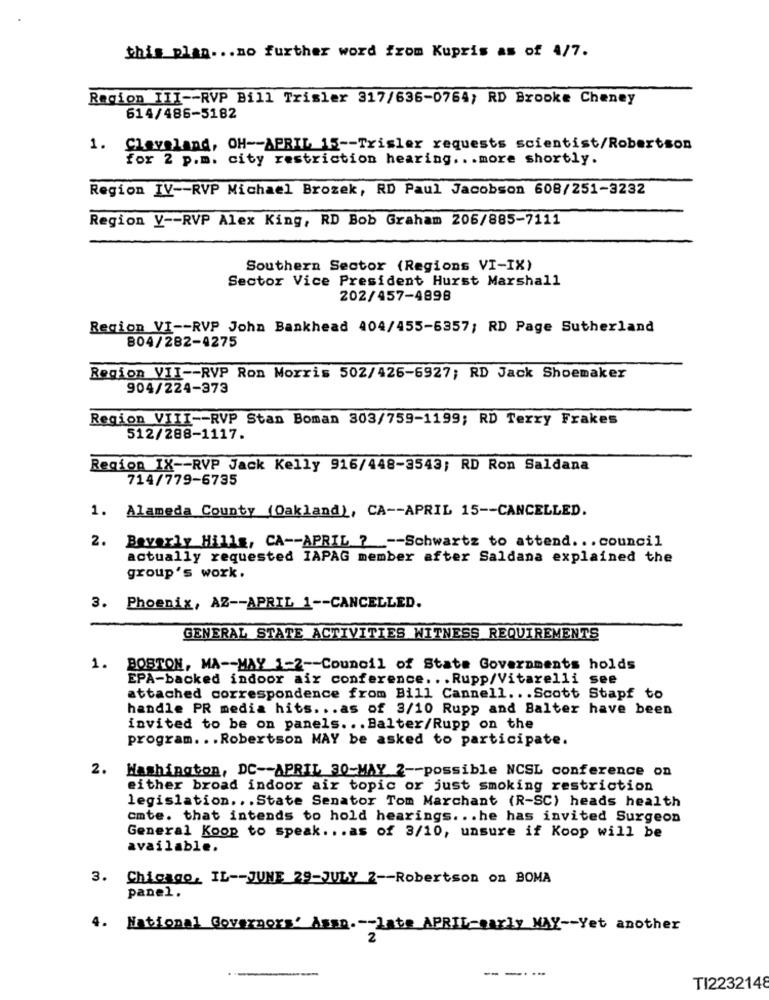
this plan ... no further word from Kupris as of 4/7.
Region III -- RVP Bill Trisler 317/636-0764; RD Brooke Cheney
614/486-5182
1. Cleveland, OH -- APRIL 15 -- Trisler requests scientist/Robertson
for 2 p.m. city restriction hearing ... more shortly.
Region IV -- RVP Michael Brozek, RD Paul Jacobson 608/251-3232
Region V -- RVP Alex King, RD Bob Graham 206/885-7111
Southern Sector (Regions VI-IX)
Sector Vice President Hurst Marshall
202/457-4898
Region VI -- RVP John Bankhead 404/455-6357; RD Page Sutherland
804/282-4275
Region VII -- RVP Ron Morris 502/426-6927; RD Jack Shoemaker
904/224-373
Region VIII -- RVP Stan Boman 303/759-1199; RD Terry Frakes
512/288-1117.
Region IX -- RVP Jack Kelly 916/448-3543; RD Ron Saldana
714/779-6735
1. Alameda County (Oakland), CA -- APRIL 15 -- CANCELLED.
2. Beverly Hills, CA -- APRIL ? -- Schwartz to attend. . . council
actually requested IAPAG member after Saldana explained the
group's work.
3. Phoenix, AZ -- APRIL 1 -- CANCELLED.
GENERAL STATE ACTIVITIES WITNESS REQUIREMENTS
1. BOSTON, MA -- MAY 1-2 -- Council of State Governments holds
EPA-backed indoor air conference ... Rupp/Vitarelli see
attached correspondence from Bill Cannell ... Scott Stapf to
handle PR media hits ... as of 3/10 Rupp and Balter have been
invited to be on panels. . . Balter/Rupp on the
program ... Robertson MAY be asked to participate.
2. Washington, DC -- APRIL 30-MAY 2 -- possible NCSL conference on
either broad indoor air topic or just smoking restriction
legislation ... State Senator Tom Marchant (R-SC) heads health
omte. that intends to hold hearings ... he has invited Surgeon
General Koop to speak ... as of 3/10, unsure if Koop will be
available.
3. Chicago, IL -- JUNE 29-JULY 2 -- Robertson on BOMA
panel.
4. National Governors' Asso .-- late APRIL-early MAY -- Yet another
----
TI2232148